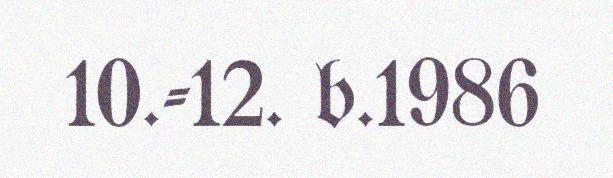
10.-12. b.1986